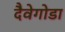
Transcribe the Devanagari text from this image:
दैवेगोडा